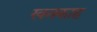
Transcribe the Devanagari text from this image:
खनकाह